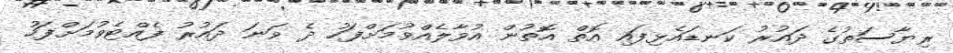
ރިޔާސަތުގެ ދައުރު ކަނޑައެޅިފައި އޮތް އޮތުން އުވާލެއްވުމަށްފަހު ދެ ވަނަ ދައުރު ފެއްޓެވުމަށްފަހު